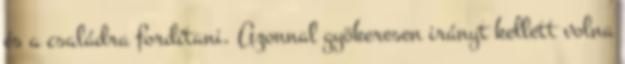
és a családra fordítani. Azonnal gyökeresen irányt kellett volna